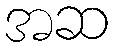
အဆ